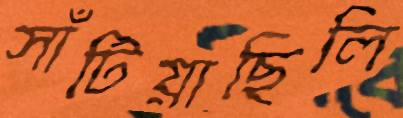
সাঁটিয়াছিলি